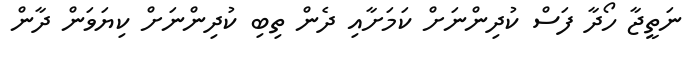
ނަތީޖާ ހޯދާ ފަސް ކުދިންނަށް ކަމަށާއި ދެން ތިބި ކުދިންނަށް ކިޔަވަން ދާން